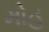
મોહ